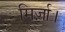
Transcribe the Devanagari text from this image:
मिर्ज़ा।